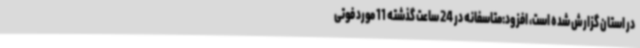
در استان گزارش شده است، افزود:متاسفانه در 24 ساعت گذشته 11 مورد فوتی